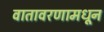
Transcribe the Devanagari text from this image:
वातावरणामधून